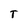
Character: T